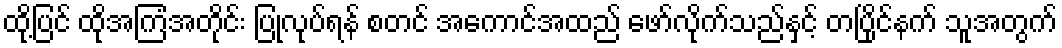
ထို့ပြင် ထိုအကြံအတိုင်း ပြုလုပ်ရန် စတင် အကောင်အထည် ဖော်လိုက်သည်နှင့် တပြိုင်နက် သူအတွက်